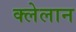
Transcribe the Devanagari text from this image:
क्लेलान